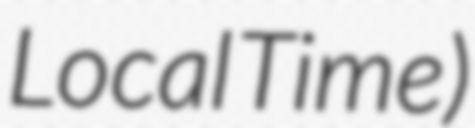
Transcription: Local Time)